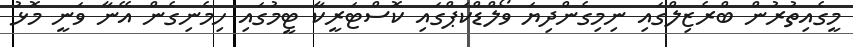
މީގެއިތުރުން ބްރެޒިލްގައި ނިމިގެންދިޔަ ވޯލްޑްކަޕްގައި ކޮސްޓަރީކާ ޓީމުގައި ހިމެނިގެން އޭނާ ވަނީ މޮޅު